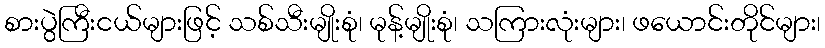
စားပွဲကြီးငယ်များဖြင့် သစ်သီးမျိုးစုံ၊ မုန့်မျိုးစုံ၊ သကြားလုံးများ၊ ဖယောင်းတိုင်များ၊